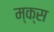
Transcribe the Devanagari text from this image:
म्क्स